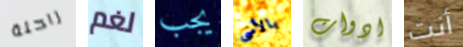
راحلة لغم يجب بالأسى ادوات أنت